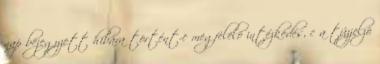
nap bejegyzett hibára történt-e megfelelõ intézkedés, c a tûzjelzõ